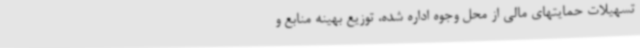
تسهیلات حمایتهای مالی از محل وجوه اداره شده، توزیع بهینه منابع و